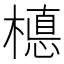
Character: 𣚅